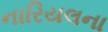
નારિયલના